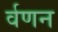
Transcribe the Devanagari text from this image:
र्वणन